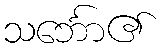
သင်္ဘော၏